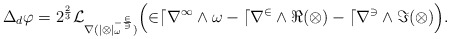
\begin{align*} \Delta_d \varphi = 2^{\frac{2}{3}} \cal{L}_{\nabla (|\Omega|_\omega^{-\frac{2}{3}})} \Big(2 dr^1 \wedge \omega - dr^2 \wedge \Re (\Omega) - dr^3 \wedge \Im (\Omega) \Big).\end{align*}